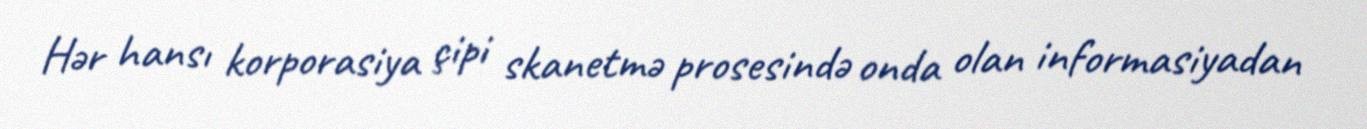
Hər hansı korporasiya çipi skanetmə prosesində onda olan informasiyadan